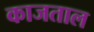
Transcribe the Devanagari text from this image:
काजताल